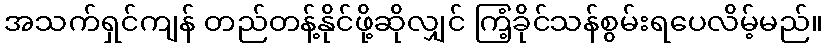
အသက်ရှင်ကျန် တည်တန့်နိုင်ဖို့ဆိုလျှင် ကြံ့ခိုင်သန်စွမ်းရပေလိမ့်မည်။